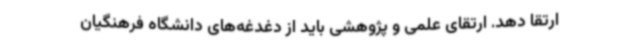
ارتقا دهد. ارتقای علمی و پژوهشی باید از دغدغه‌های دانشگاه فرهنگیان